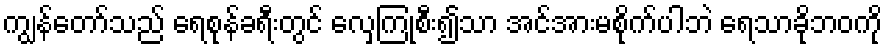
ကျွန်တော်သည် ရေစုန်ခရီးတွင် လှေကြုံစီး၍သာ အင်အားမစိုက်ပါဘဲ ရေသာခိုဘဝကို